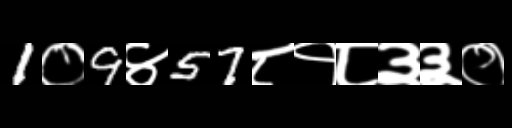
Text: 1०9४57८१८३३०